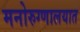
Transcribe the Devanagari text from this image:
मनोरुग्णालयात